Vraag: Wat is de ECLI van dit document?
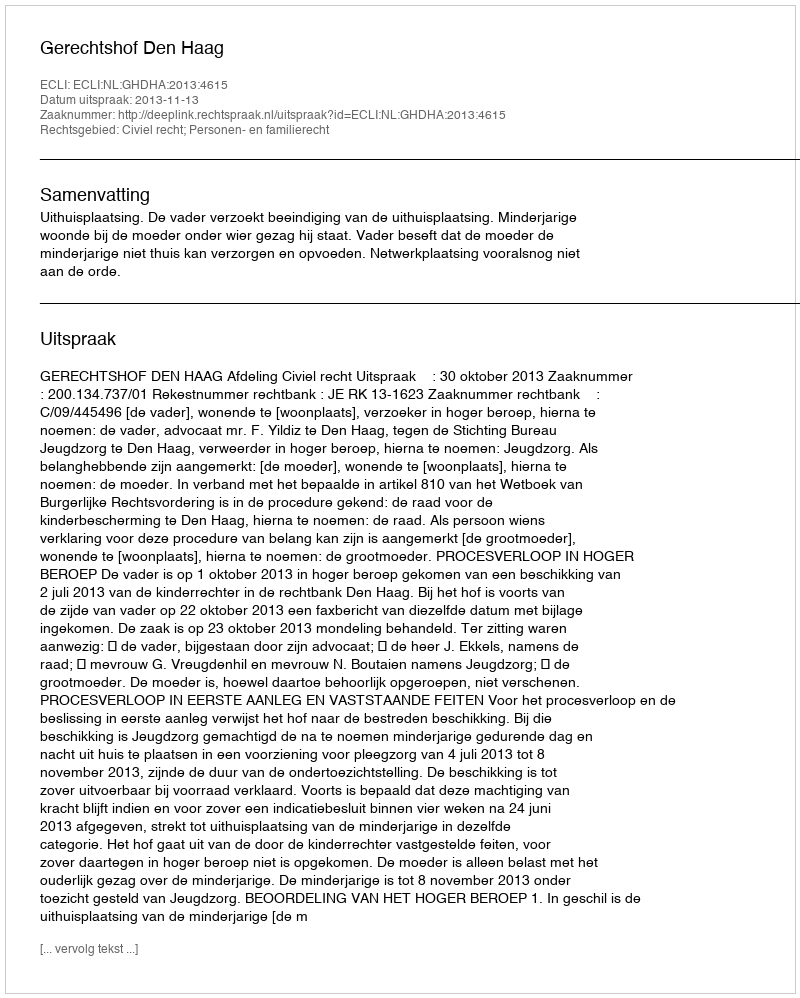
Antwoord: ECLI:NL:GHDHA:2013:4615